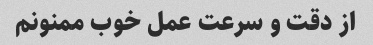
از دقت و سرعت عمل خوب ممنونم